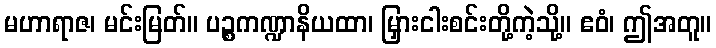
မဟာရာဇ၊ မင်းမြတ်။ ပဉ္စကဏ္ဍာနိယထာ၊ မြှားငါးစင်းတို့ကဲ့သို့။ ဧဝံ၊ ဤအတူ။